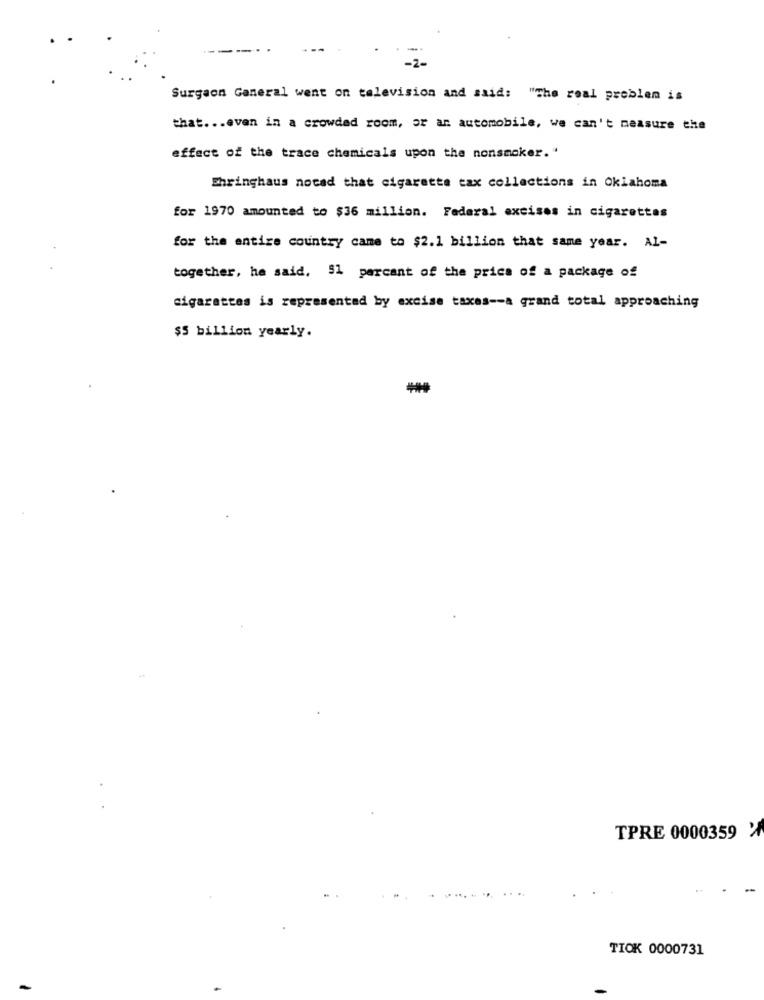
---
Surgeon General went on television and said: "The real problem is
that ... even in a crowded room, or an automobile, we can't measure the
effect of the trace chemicals upon the nonsmoker. .
Shringhaus nocad that cigaretta tax collections in Oklahoma
for 1970 amounted to $36 million. Federal excises in cigarettes
for the entire country came to $2.1 billion that same year. Al-
together, he said. 51 percent of the price of a package of
cigarettes is represented by excise taxes -- a grand total approaching
$5 billion yearly.
TPRE 0000359 %
TIOK 0000731